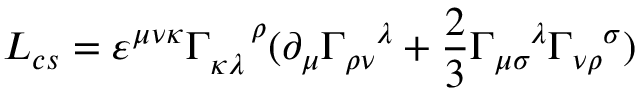
{ \cal L } _ { c s } = \varepsilon ^ { \mu \nu \kappa } \Gamma _ { \kappa \lambda } ^ { \, \, \, \, \, \, \, \, \rho } ( \partial _ { \mu } \Gamma _ { \rho \nu } ^ { \, \, \, \, \, \, \lambda } + \frac 2 3 \Gamma _ { \mu \sigma } ^ { \, \, \, \, \, \, \, \lambda } \Gamma _ { \nu \rho } ^ { \, \, \, \, \, \, \sigma } )